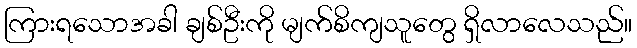
ကြားရသောအခါ ချစ်ဦးကို မျက်စိကျသူတွေ ရှိလာလေသည်။